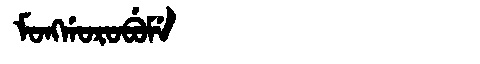
Manchu: ᠮᠣᠩᡤᠣᡵᠣᠪᡠᠮᡝ
Romanization: MONGGOROBUME